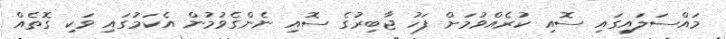
މައްސަލައިގައި ސޮއި ކުރެއްވުމަށް ފަހު ޖާބިރުގެ ސޮއި ނެންގެވުމުން އެކަމުގައި ވަކި ގޮތެއް